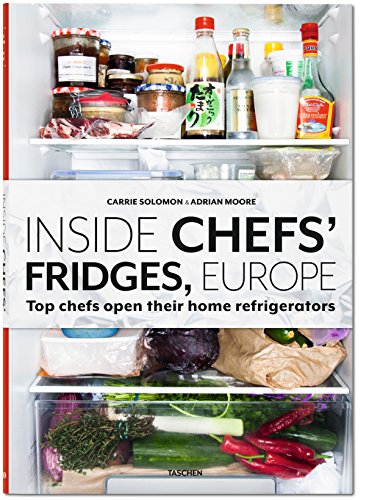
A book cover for Inside Chefs' Fridges, Europe: Top chefs open their home refrigerators; Adrian Moore; Cookbooks, Food & Wine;